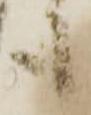
も